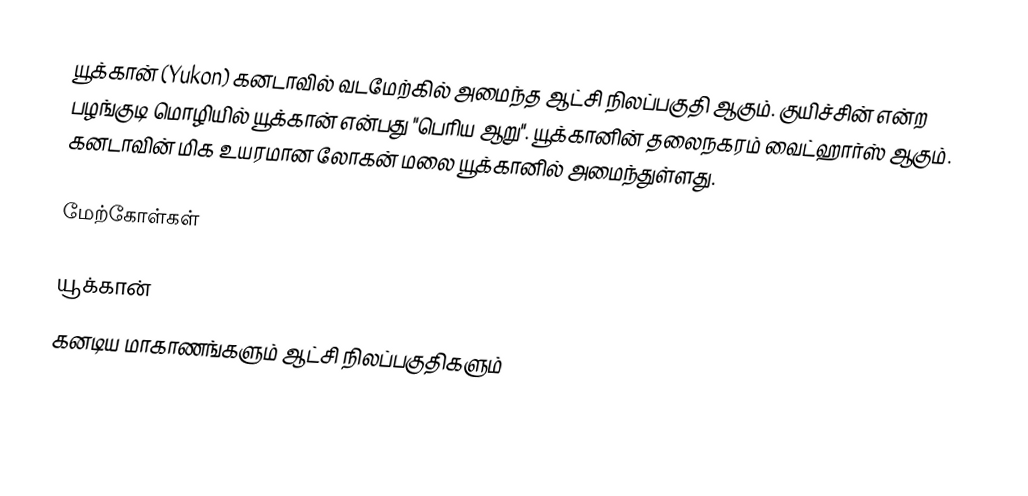
யூக்கான் (Yukon) கனடாவில் வடமேற்கில் அமைந்த ஆட்சி நிலப்பகுதி ஆகும். குயிச்சின் என்ற பழங்குடி மொழியில் யூக்கான் என்பது "பெரிய ஆறு". யூக்கானின் தலைநகரம் வைட்ஹார்ஸ் ஆகும். கனடாவின் மிக உயரமான லோகன் மலை யூக்கானில் அமைந்துள்ளது.

மேற்கோள்கள்

யூக்கான்
கனடிய மாகாணங்களும் ஆட்சி நிலப்பகுதிகளும்